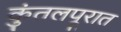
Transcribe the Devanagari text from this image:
कुंतलपूरात